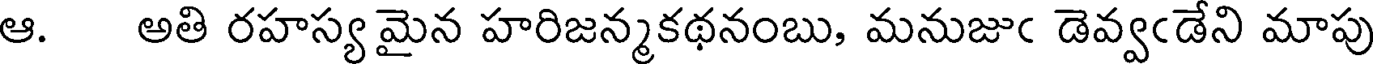
ఆ. అతి రహస్య మైన హరిజన్మకథనంబు, మనుజుఁ డెవ్వఁడేని మాపు